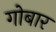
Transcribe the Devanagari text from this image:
गोबार